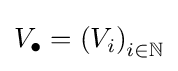
V_{\bullet }=\left(V_{i}\right)_{i\in \mathbb {N} }